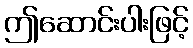
ဤဆောင်းပါးဖြင့်